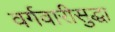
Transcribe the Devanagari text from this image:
वर्गवारीसुद्धा